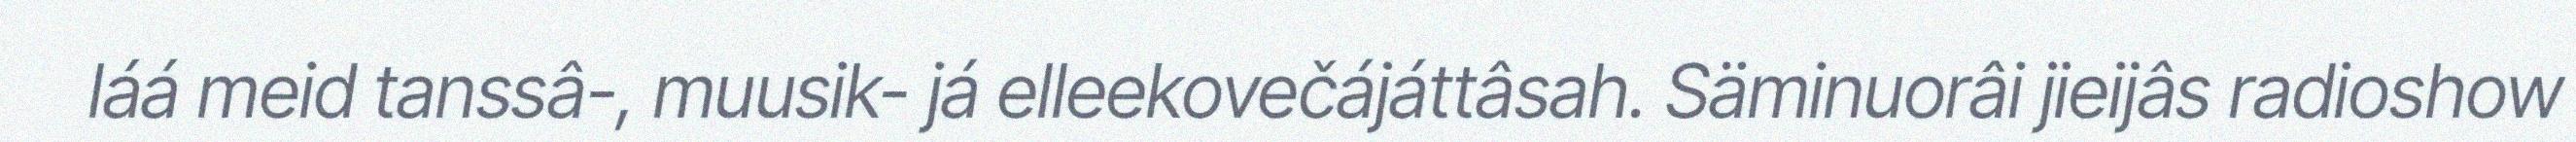
láá meid tanssâ-, muusik- já elleekovečájáttâsah. Säminuorâi jieijâs radioshow